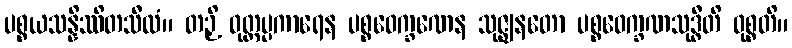
ပစ္စယသန္နိဿိတသီလံ။ တဉှိ ဝုတ္တပ္ပကာရေန ပစ္စဝေက္ခဏေန သုဇ္ဈနတော ပစ္စဝေက္ခဏသုဒ္ဓီတိ ဝုစ္စတိ။